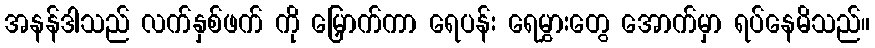
အနန်ဒါသည် လက်နှစ်ဖက် ကို မြှောက်ကာ ရေပန်း ရေမွှားတွေ အောက်မှာ ရပ်နေမိသည်။